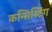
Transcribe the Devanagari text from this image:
कन्सिस्टिंग